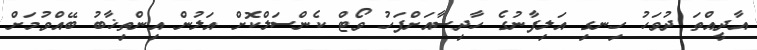
އާދީއްތަ ދުވަހު ހިނގި އަލިފާނުގެ ހާދިސާއަށްފަހު ވޯޓް ކެންސަލްކޮށް އަލުން އިންތިޚާބު ބޭއްވުމަށް